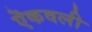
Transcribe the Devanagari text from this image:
ऎकवली